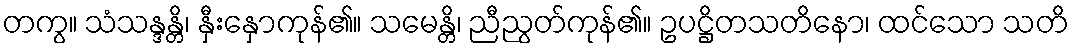
တကွ။ သံသန္ဒန္တိ၊ နှီးနှောကုန်၏။ သမေန္တိ၊ ညီညွတ်ကုန်၏။ ဥပဋ္ဌိတသတိနော၊ ထင်သော သတိ